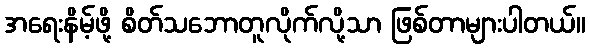
အရေးနိမ့်ဖို့ စိတ်သဘောတူလိုက်လို့သာ ဖြစ်တာများပါတယ်။